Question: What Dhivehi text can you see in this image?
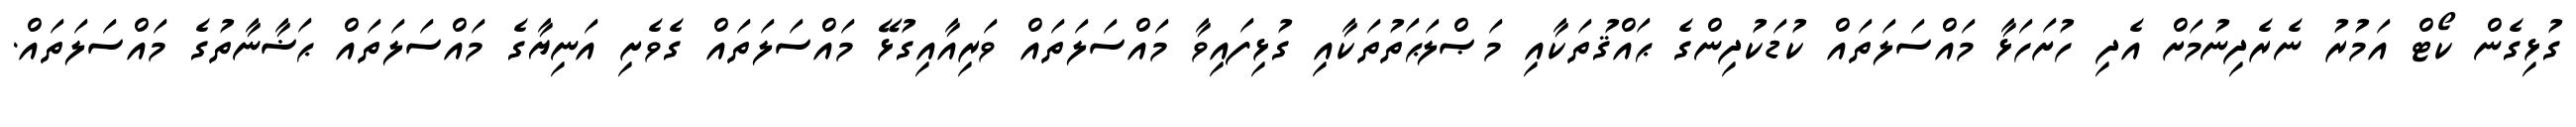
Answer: ގުޅިގެން ކޯޓް އަމުރު ނެރެދިނުމަށް އެދި ހުށަހަޅާ މައްސަލަތައް ކުޑަކުދިންގެ ޙައްޤުތަކާއި މަޞްލަޙަތުތަކާއި ގުޅިފައިވާ މައްސަލަތައް ވަރިއާއިގުޅޭ މައްސަލަތައް ގެވެށި އަނިޔާގެ މައްސަލަތައް ޙަޟާނާތުގެ މައްސަލަތައް.